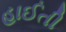
હાઈતી